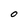
Character: O